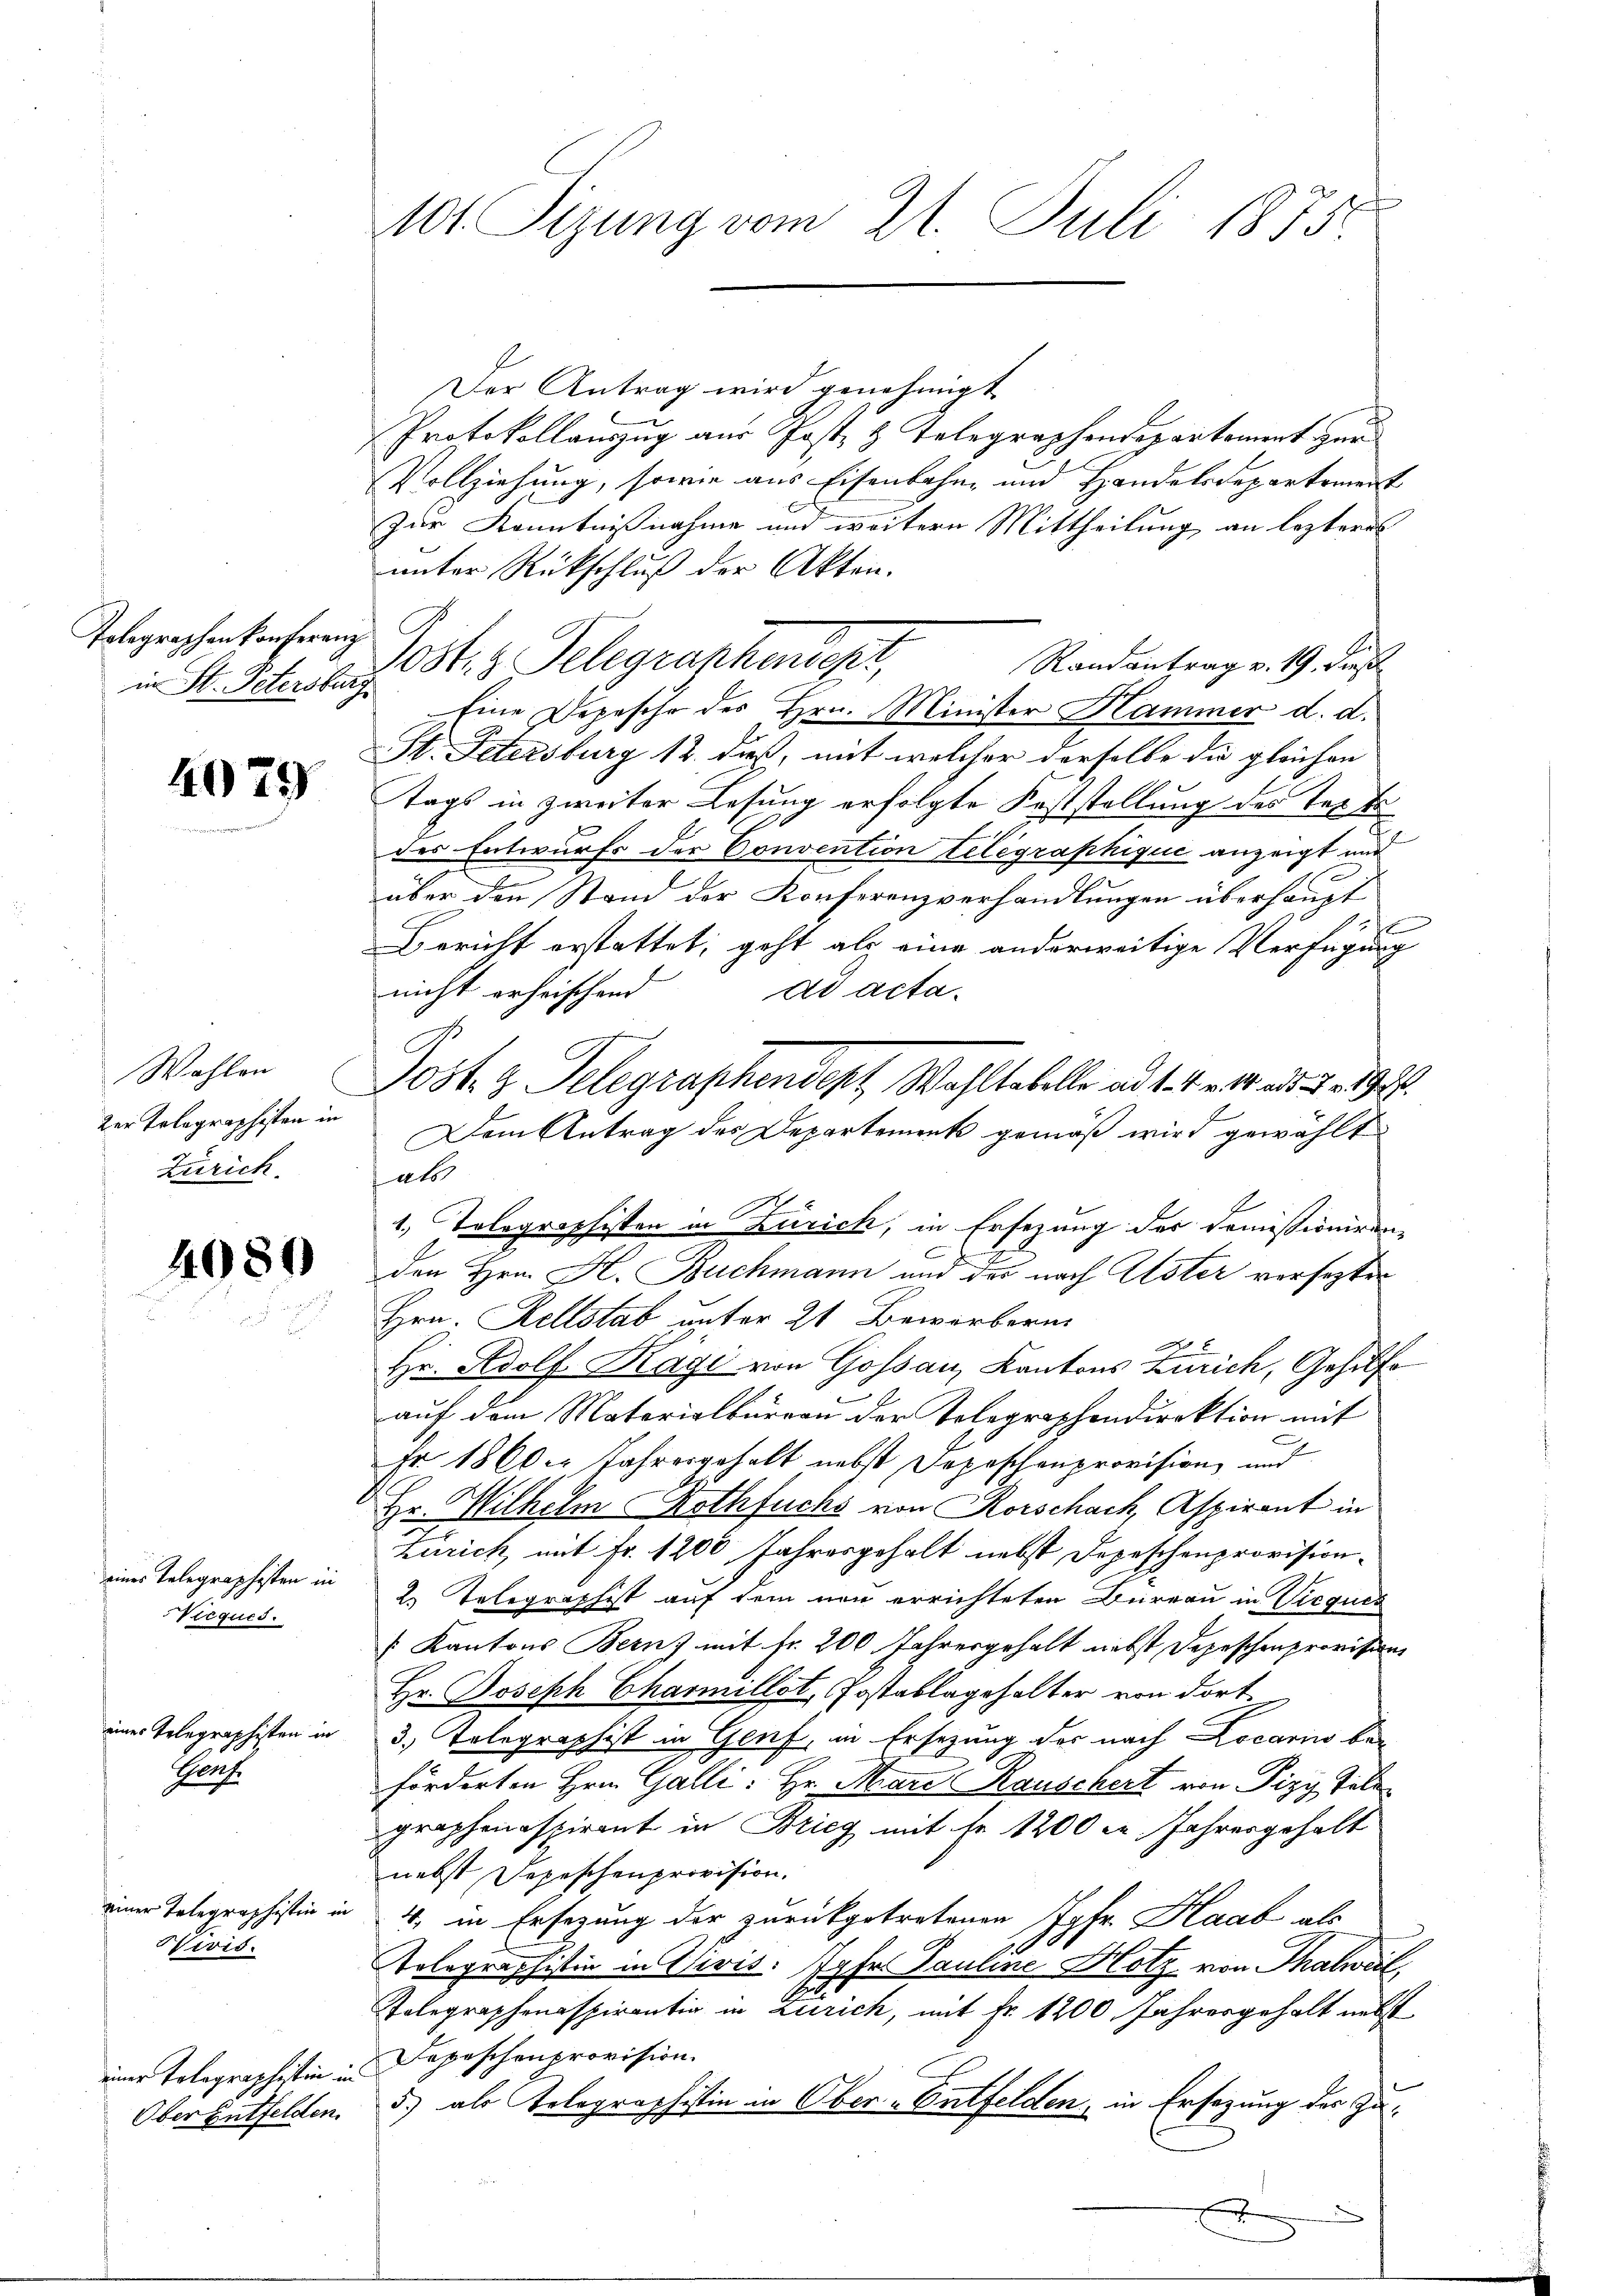
Tolographen konferenz
in St. Petersburg

4079

Wahlen
zer Telegraphisten in
Zürich.

4989

eines Telegraphisten in
Vreques.

es Telegraphisten in

Pr.

Heris

Ober Entfelden

101 Sizung vom 21. Juli 1875.

Der Antrag wird genehmigt.
Protokollauszug aus Post- & Telegraphendepartement zur
Vollziehung, sowie aus Eisenbahn- und Handelsdepartement
Zur Kenntnißnahme und weitere Mittheilung an lezteres
unter Rückschluß der Akten.
Jostiz Gelegraphendest,
Randantrag v. 19. dies
Eine Depesche des Hrn. Minister Hammer d. d.
St. Petersburg 12. dieß, mit welcher derselbe die gleichen
tags in zweiter Lesung erfolgte Feststellung des Text
des Entwurfs der Convention telegraphique anzeigt und
über den Stand der Konferenzverhandlungen überhaupt
s
Bericht erstattet, geht als eine anderweitige Verfügung
nicht erheischend
ad acta.
Dem Antrag des Departements gemäß wird gewählt
als
1. Tolographisten in Zürich, in Ersezung des Domissioniren-
x
J
den Hrn. H. Buchmann und des nach Uster versezten
Hrn. Rellstab unter 21 Beworberm

Hr. Adolf Kägi von Gossau, Kantons Zürich, Gehilfe
auf dem Materialbürgen der Telegraphendirektion mit
m
Fr 1860. Jahresgehalt nebst Depeschenprovision und
Hr. Wilhelm Nothfuchs von Rorschach, Aspirant in
Zürich, mit Fr. 1200 Jahresgehalt nebst Depeschenprovision¬
2. Telegraphist auf dem neu errichteten Bureau in Viequis
[Kantons Bern) mit Fr. 200 Jahresgehalt nebst Depeschenprovision
Hr. Joseph Charmillet, Jostablagehalter von dort
3) Telegraphist in Genf, in Ersezung der nach Locario be-
förderten Hrn. Galli: Hr. Mari auschert von Pizy Täle
graphenaspirant in Brieg mit Fr. 1200 l. Jahresgehalt
nebst Depeschenprovision.
einer Telegraphistin in 4, in Ersezung der zurückgetretenen Jgfr. Haab als
1.6.
Tolographistin in Vivis. Jahr. Pauline Holz von Thalweil,
Polegraphenaspirantig in Zürich, mit fr. 1200 Jahresgehalt nebst
einer Tolographistin Depeschenprovision.
5) als Tolographistin in Ober-Entfelden, in Ersezung der Zuf

Jost, z. Telegraphendept, Wahltabelle ad 1. 4. v. 18. ad 1. 192.